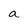
Character: a